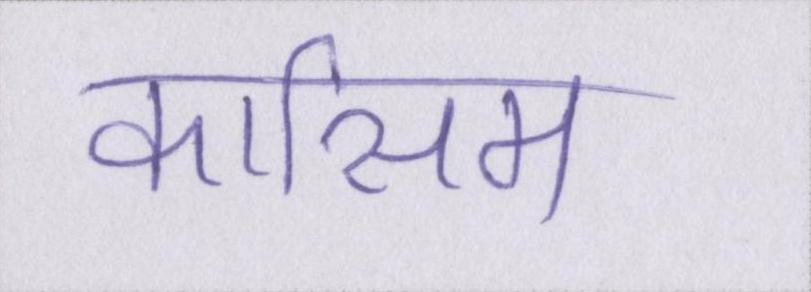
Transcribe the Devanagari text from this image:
कासिम